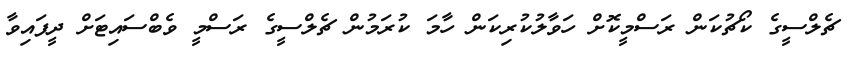
ޗެލްސީގެ ކޯޗުކަން ރަސްމީކޮށް ހަވާލުކުރިކަން ހާމަ ކުރަމުން ޗެލްސީގެ ރަސްމީ ވެބްސައިޓަށް ދީފައިވާ